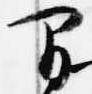
間